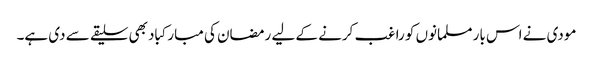
مودی نے اس بار مسلمانوں کو راغب کرنے کے لیے رمضان کی مبارکباد بھی سلیقے سے دی ہے۔